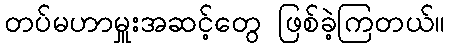
တပ်မဟာမှူးအဆင့်တွေ ဖြစ်ခဲ့ကြတယ်။